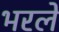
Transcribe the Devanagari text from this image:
भरलें